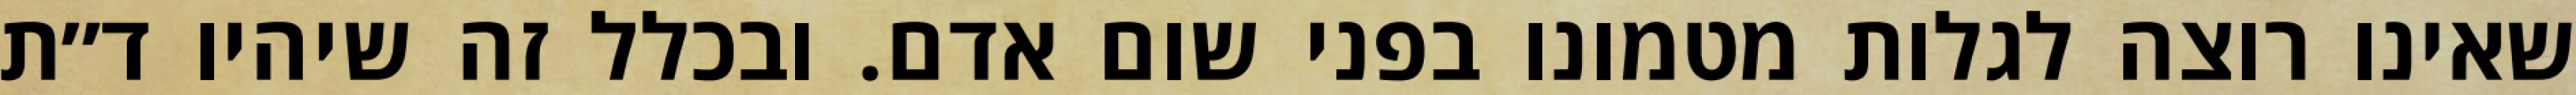
שאינו רוצה לגלות מטמונו בפני שום אדם. ובכלל זה שיהיו ד״ת